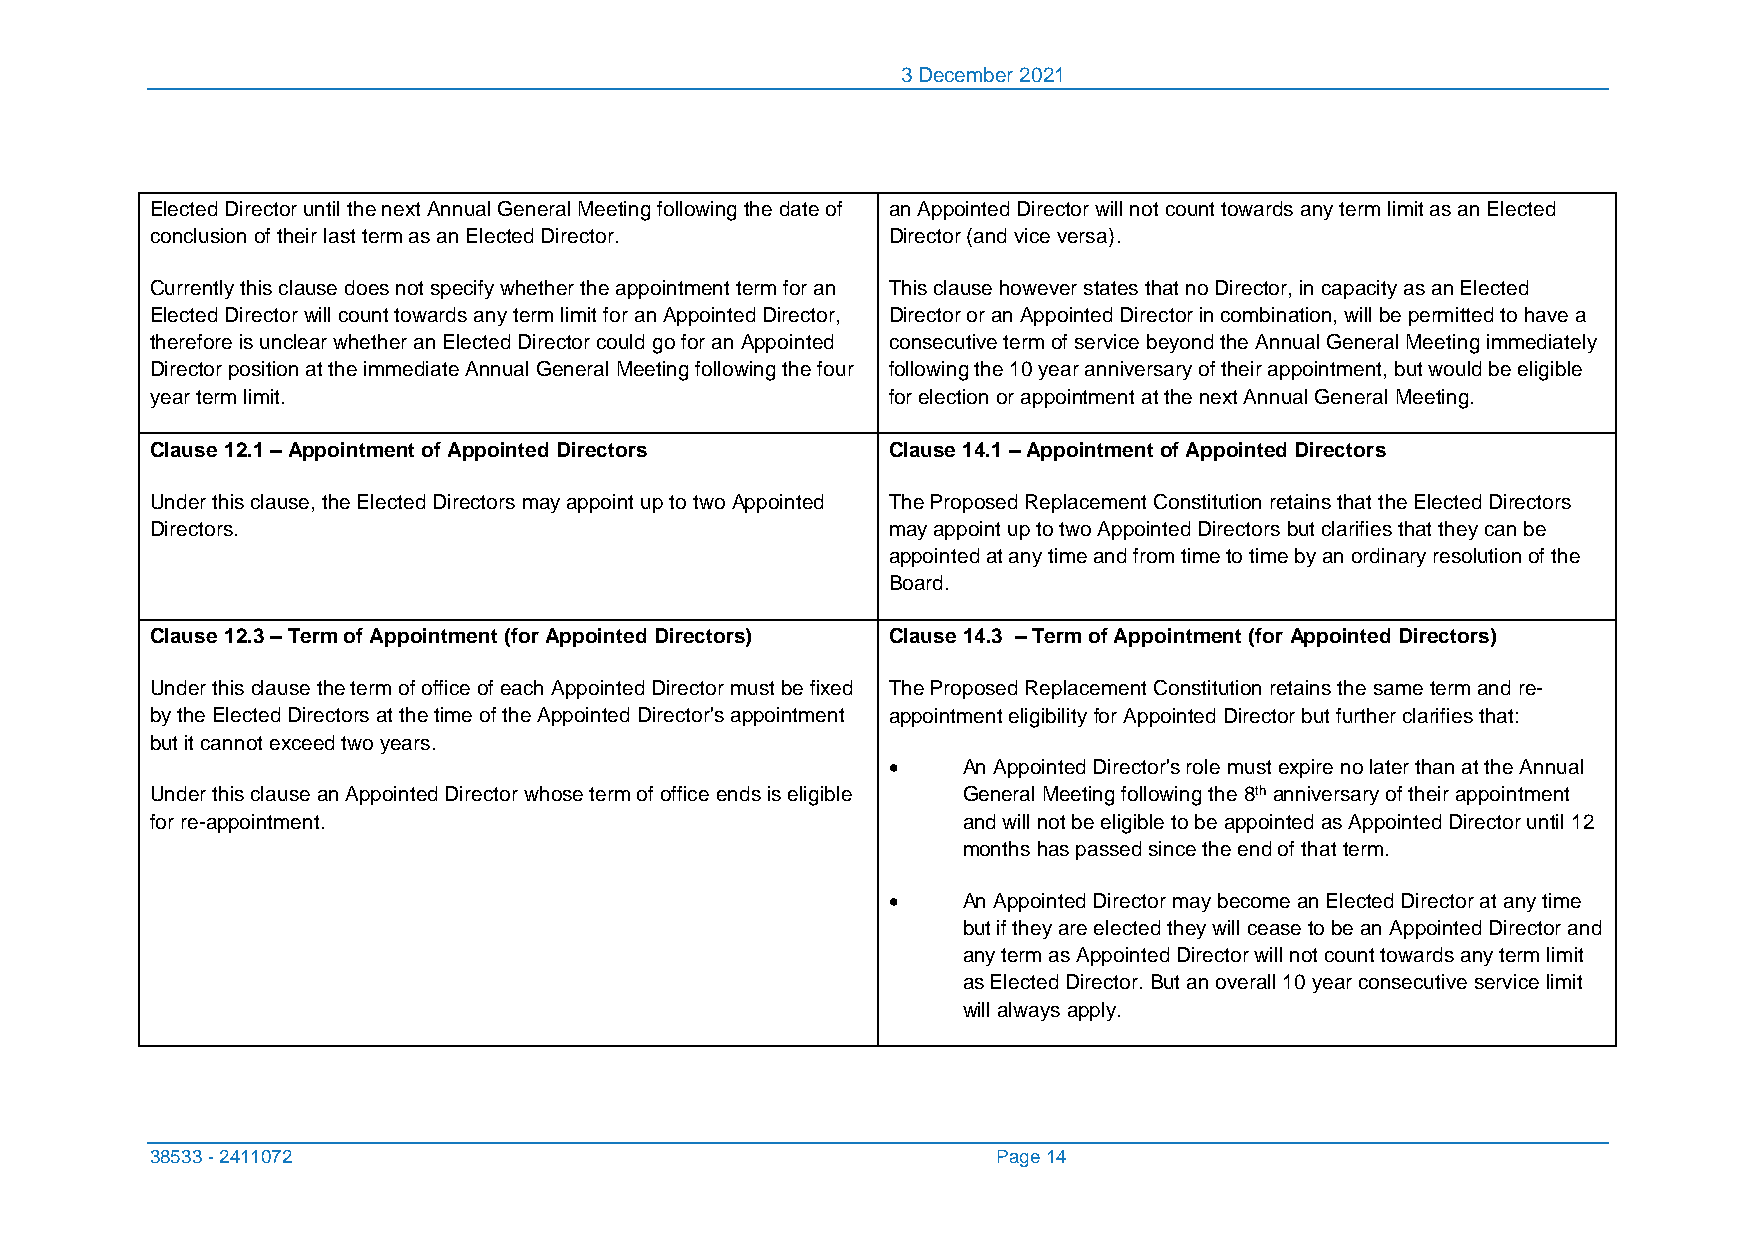
3 December 2021
 Elected Director until the next Annual General Meeting following the date of an Appointed Director will not count towards any term limit as an Elected
 conclusion of their last term as an Elected Director. Director (and vice versa).
 Currently this clause does not specify whether the appointment term for an This clause however states that no Director, in capacity as an Elected
 Elected Director will count towards any term limit for an Appointed Director, Director or an Appointed Director in combination, will be permitted to have a
 therefore is unclear whether an Elected Director could go for an Appointed consecutive term of service beyond the Annual General Meeting immediately
 Director position at the immediate Annual General Meeting following the four following the 10 year anniversary of their appointment, but would be eligible
 year term limit.                                 for election or appointment at the next Annual General Meeting.
 Clause 12.1 – Appointment of Appointed Directors Clause 14.1 – Appointment of Appointed Directors
 Under this clause, the Elected Directors may appoint up to two Appointed The Proposed Replacement Constitution retains that the Elected Directors
 Directors.                                       may appoint up to two Appointed Directors but clarifies that they can be
 appointed at any time and from time to time by an ordinary resolution of the
 Board.
 Clause 12.3 – Term of Appointment (for Appointed Directors) Clause 14.3 – Term of Appointment (for Appointed Directors)
 Under this clause the term of office of each Appointed Director must be fixed The Proposed Replacement Constitution retains the same term and re-
 by the Elected Directors at the time of the Appointed Director's appointment appointment eligibility for Appointed Director but further clarifies that:
 but it cannot exceed two years.
 •    An Appointed Director's role must expire no later than at the Annual
 Under this clause an Appointed Director whose term of office ends is eligible General Meeting following the 8th anniversary of their appointment
 for re-appointment.                                   and will not be eligible to be appointed as Appointed Director until 12
 months has passed since the end of that term.
 •    An Appointed Director may become an Elected Director at any time
 but if they are elected they will cease to be an Appointed Director and
 any term as Appointed Director will not count towards any term limit
 as Elected Director. But an overall 10 year consecutive service limit
 will always apply.
 38533 - 2411072                                         Page 14